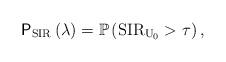
LaTeX: \begin{align*}\mathsf{P}_{\mathrm{SIR}}\left(\lambda\right)=\mathbb{P}\left(\mathrm{SIR}_{\mathrm{U}_{0}}>\tau\right),\end{align*}